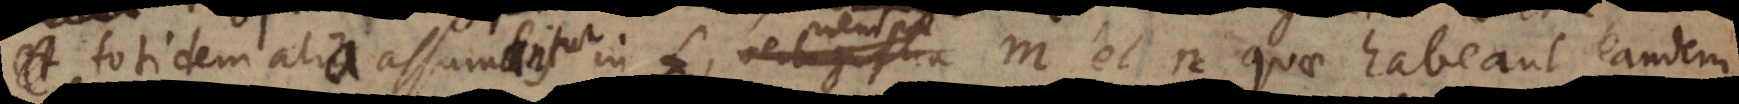
c, totidem alia assumantur in L, nempe m et n quae habeant eandem